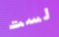
لست